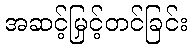
အဆင့်မြှင့်တင်ခြင်း